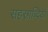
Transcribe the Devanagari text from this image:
सहस्राब्दियाँ